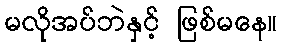
မလိုအပ်ဘဲနှင့် ဖြစ်မနေ။